Indian journal of veterinary science and animal husbandry - Volume 3,
Year: 1933
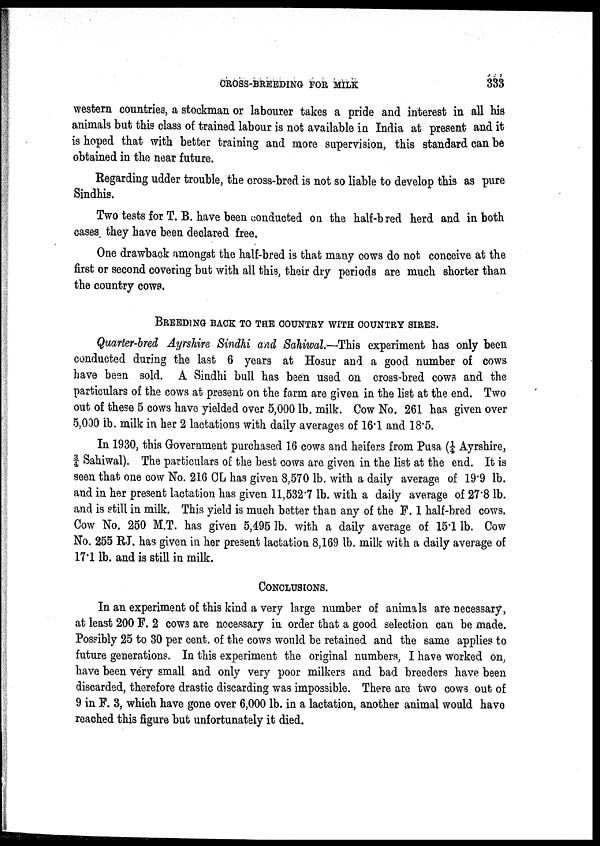
CROSS-BREEDING FOR MILK
333
western countries, a stockman or labourer takes a pride and interest in all his
animals but this class of trained labour is not available in India at present and it
is hoped that with better training and more supervision, this standard can be
obtained in the near future.
Regarding udder trouble, the cross-bred is not so liable to develop this as pure
Sindhis,
Two tests for T. B. have been conducted on the half-bred herd and in both
cases they have been declared free.
One drawback amongst the half-bred is that many cows do not conceive at the
first or second covering but with all this, their dry periods are much shorter than
the country cows.
BREEDING BACK TO THE COUNTRY WITH COUNTRY SIRES.
Quarter-bred Ayrshire Sindhi and Sahiwal.-This experiment has only been
conducted during the last 6 years at Hosur and a good number of cows
have been sold. A Sindhi bull has been used on cross-bred cows and the
particulars of the cows at present on the farm are given in the list at the end. Two
out of these 5 cows have yielded over 5,000 lb. milk. Cow No. 261 has given over
5,000 lb. milk in her 2 lactations with daily averages of 16.1 and 18.5.
In 1930, this Government purchased 16 cows and heifers from Pusa (¼ Ayrshire,
¾ Sahiwal). The particulars of the best cows are given in the list at the end. It is
seen that one cow No. 216 CL has given 8,570 lb. with a daily average of 19.9 lb.
and in her present lactation has given 11,532.7 lb. with a daily average of 27.8 lb.
and is still in milk. This yield is much better than any of the F. 1 half-bred cows.
Cow No. 250 M.T. has given 5,495 lb. with a daily average of 15.1 lb. Cow
No. 255 RJ. has given in her present lactation 8,169 lb. milk with a daily average of
17.1 lb. and is still in milk.
CONCLUSIONS.
In an experiment of this kind a very large number of animals are necessary,
at least 200 F. 2 cows are necessary in order that a good selection can be made.
Possibly 25 to 30 per cent. of the cows would be retained and the same applies to
future generations. In this experiment the original numbers, I have worked on,
have been very small and only very poor milkers and bad breeders have been
discarded, therefore drastic discarding was impossible. There are two cows out of
9 in F. 3, which have gone over 6,000 lb. in a lactation, another animal would have
reached this figure but unfortunately it died.